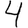
Digit: 4